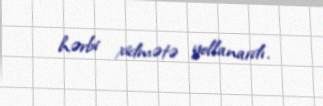
hərbi xidmətə yollanardı.